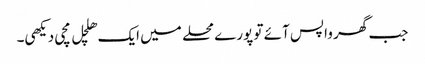
جب گھر واپس آئے تو پورے محلے میں ایک ھلچل مچی دیکھی۔